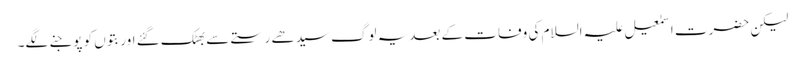
لیکن حضرت اسمٰعیل علیہ السلام کی وفات کے بعدیہ لوگ سیدھے رستے سے بھٹک گئے اور بتوں کو پوجنے لگے۔